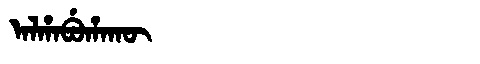
Manchu: ᠠᠯᡥᠠᠪᡠᡥᠠᡴᡡ
Romanization: ALHABUHAKŪ